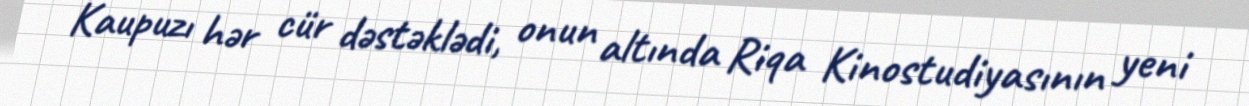
Kaupuzı hər cür dəstəklədi, onun altında Riqa Kinostudiyasının yeni